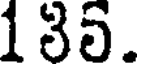
135.